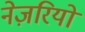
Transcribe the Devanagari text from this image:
नेज़रियो